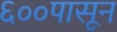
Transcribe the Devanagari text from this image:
६००पासून